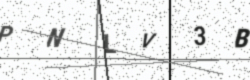
Text: PNLV3B